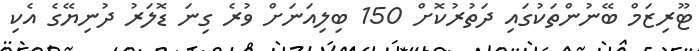
ޓޫރިޒަމް ބޭނުންތަކުގައި ދަތުރުކޮށް 150 ބިލިއަނަށް ވުރެ ގިނަ ޑޮލަރު ދުނިޔޭގެ އެކި